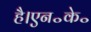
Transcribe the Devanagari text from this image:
है।एन॰के॰